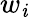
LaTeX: w_{\mathit{i}}